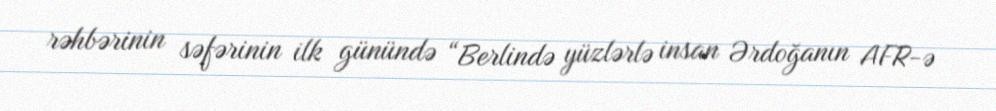
rəhbərinin səfərinin ilk günündə “Berlində yüzlərlə insan Ərdoğanın AFR-ə